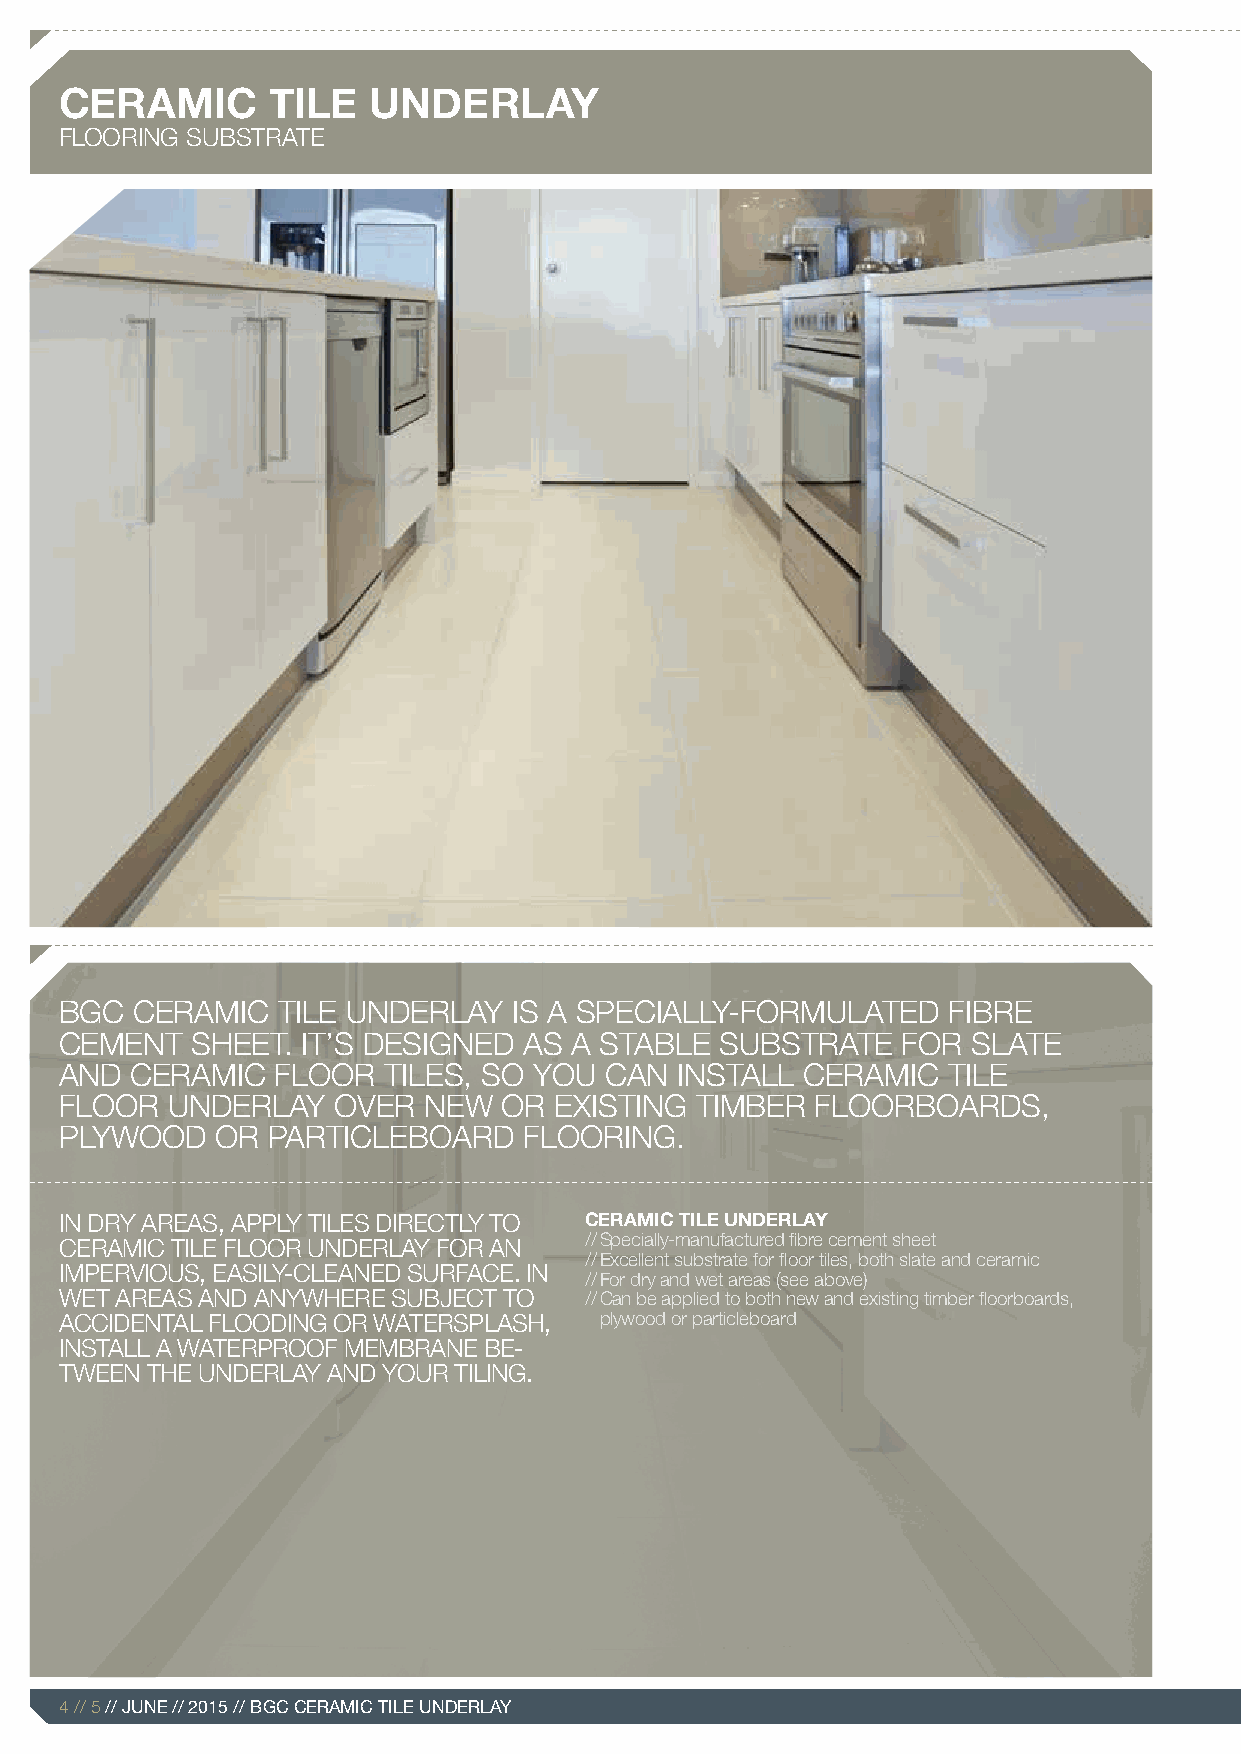
CERAMIC       TILE  UNDERLAY
 FLOORING SUBSTRATE
 BGC  CERAMIC  TILE UNDERLAY   IS A SPECIALLY-FORMULATED    FIBRE
 CEMENT   SHEET. IT’S DESIGNED  AS A STABLE  SUBSTRATE   FOR SLATE
 AND  CERAMIC  FLOOR  TILES, SO YOU  CAN  INSTALL CERAMIC   TILE
 FLOOR  UNDERLAY   OVER  NEW  OR  EXISTING TIMBER  FLOORBOARDS,
 PLYWOOD   OR  PARTICLEBOARD    FLOORING.
 IN DRY AREAS, APPLY TILES DIRECTLY TO CERAMIC TILE UNDERLAY
 // Specially-manufactured fibre cement sheet
 CERAMIC TILE FLOOR UNDERLAY FOR AN
 // Excellent substrate for floor tiles, both slate and ceramic
 IMPERVIOUS, EASILY-CLEANED SURFACE. IN
 // For dry and wet areas (see above)
 WET AREAS AND ANYWHERE SUBJECT TO  // Can be applied to both new and existing timber floorboards,
 ACCIDENTAL FLOODING OR WATERSPLASH, plywood or particleboard
 INSTALL A WATERPROOF MEMBRANE BE-
 TWEEN THE UNDERLAY AND YOUR TILING.
 4 // 5 // JUNE // 2015 // BGC CERAMIC TILE UNDERLAY